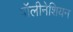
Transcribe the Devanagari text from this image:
पॉलीनेशियन